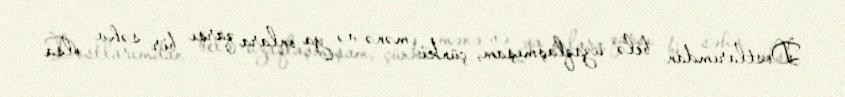
Dostlarımdan belə uzaqlaşmışam, çünki mənə və ya onlara qarşı bir səhv olsa